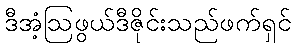
ဒီအံ့ဩဖွယ်ဒီဇိုင်းသည်ဖက်ရှင်